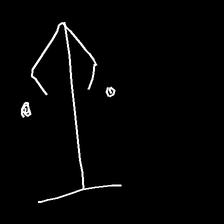
Glyph: earth